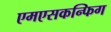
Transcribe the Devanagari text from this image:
एमएसकन्फिग